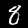
Label: 8